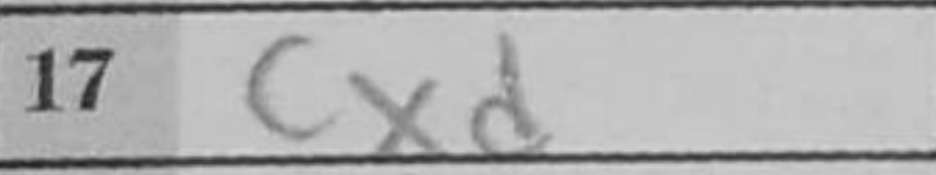
Transcription: cxd